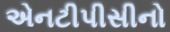
એનટીપીસીનો